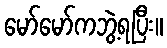
မော်မော်ကဘွဲ့ရပြီး။